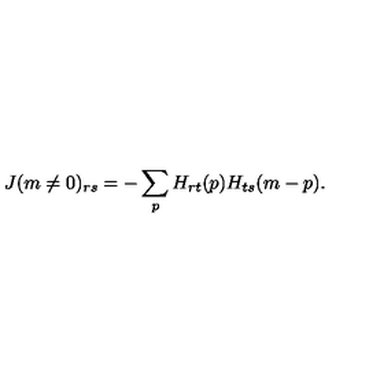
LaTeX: J ( m \ne 0 ) _ { r s } = - \sum _ { p } H _ { r t } ( p ) H _ { t s } ( m - p ) .